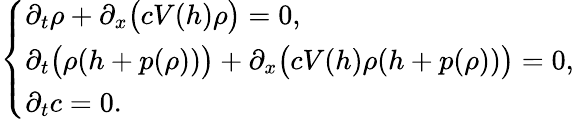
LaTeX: \left\{ \begin{array}{ll}{\partial_{t}\rho+\partial_{x}\bigl(cV(h)\rho\bigr)=0,}\\ {\partial_{t}\bigl(\rho(h+p(\rho))\bigr)+\partial_{x}\bigl(cV(h)\rho(h+p(\rho))\bigr)=0,}\\ {\partial_{t}c=0.}\end{array}\right.